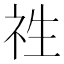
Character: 𮁢